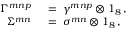
\begin{array} { r l } { { \Gamma ^ { m n p } \: } } & { { } { { } = \: \gamma ^ { m n p } \otimes 1 _ { 8 } \, , } } \\ { { \Sigma ^ { m n } \: } } & { { } { { } = \: \sigma ^ { m n } \otimes 1 _ { 8 } \, , } } \end{array}